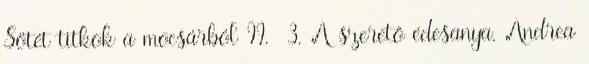
Sötét titkok a mocsárból II. 3. A szerető édesanya, Andrea